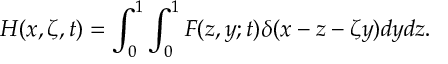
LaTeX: H ( x , \zeta , t ) = \int _ { 0 } ^ { 1 } \int _ { 0 } ^ { 1 } F ( z , y ; t ) \delta ( x - z - \zeta y ) d y d z .